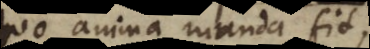
quo anima munda fit.